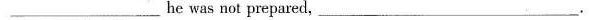
___ he was not prepared，___.